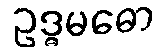
ဥဒ္ဓမဓော